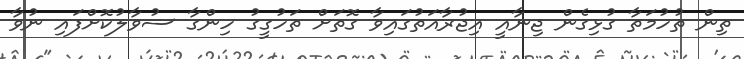
ތިން ތުހުމަތާ ގުޅިގެން ޖިނާއީ އިޖުރާއަތުގައިވާ ގޮތަށް ތަހުގީގު ހިންގާ ސުވާލުކޮށްފައި ނުވާ